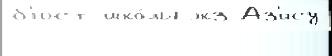
б'юст шко́лы экз Аз'ису